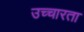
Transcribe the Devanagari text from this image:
उच्चारता